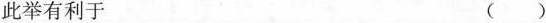
此举有利于 ( )